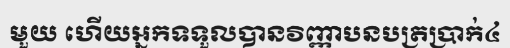
មួយ ហើយអ្នកទទួលបានវិញ្ញាបនបត្រប្រាក់៤